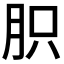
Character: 胑